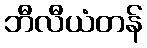
ဘီလီယံတန်